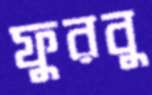
ফুরবু